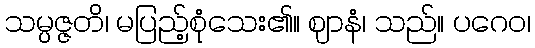
သမ္ပဇ္ဇတိ၊ မပြည့်စုံသေး၏။ ဈာနံ၊ သည်။ ပဂေဝ၊